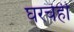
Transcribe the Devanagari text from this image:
घरचंही